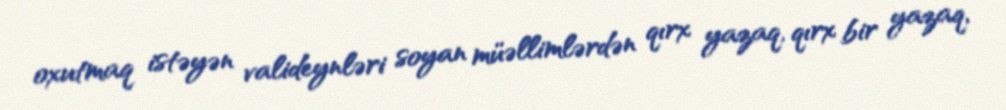
oxutmaq istəyən valideynləri soyan müəllimlərdən qırx yazaq, qırx bir yazaq,